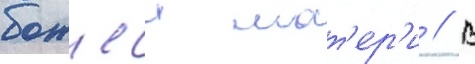
божиеи мат'ер'и // В